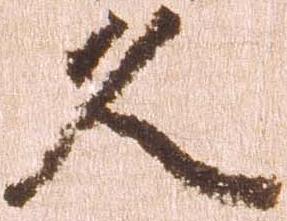
久